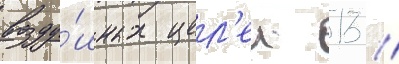
возду́шных цел'еи 13 /